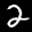
Label: 2